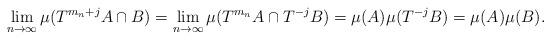
LaTeX: \begin{align*}\lim_{n\to \infty} \mu ( T^{m_n + j}A\cap B ) = \lim_{n\to \infty} \mu ( T^{m_n}A\cap T^{-j}B ) = \mu ( A ) \mu ( T^{-j} B ) = \mu ( A ) \mu ( B ) .\end{align*}